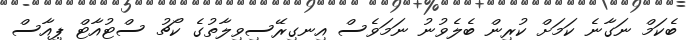
ބެކަމް ނަގާނެ ކަމަށް ކުރިން ބެލެވުނު ނަމަވެސް އިނގިރޭސިވިލާތުގެ ކޯޗު ސްޓުއާޓް ޕިއާސް